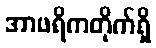
အာဖရိကတိုက်ရှိ